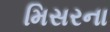
મિસરના